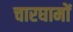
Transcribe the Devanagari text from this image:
चारघामों